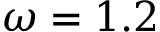
\omega = 1 . 2